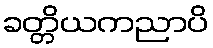
ခတ္တိယကညာပိ